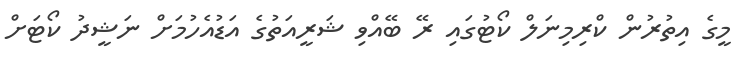
މީގެ އިތުރުން ކްރިމިނަލް ކޯޓުގައި ރޭ ބޭއްވި ޝަރީއަތުގެ އަޑުއެހުމަށް ނަޝީދު ކޯޓަށް